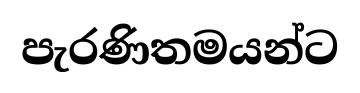
පැරණිතමයන්ට